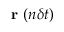
\textbf { r } ( n \delta t )